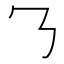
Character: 𬼁